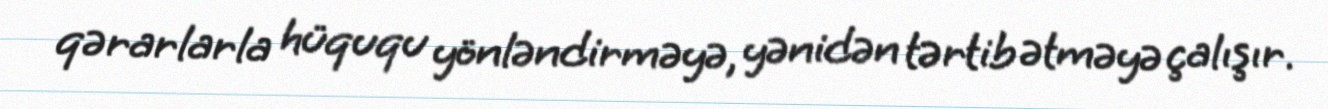
qərarlarla hüququ yönləndirməyə, yənidən tərtib ətməyə çalışır.